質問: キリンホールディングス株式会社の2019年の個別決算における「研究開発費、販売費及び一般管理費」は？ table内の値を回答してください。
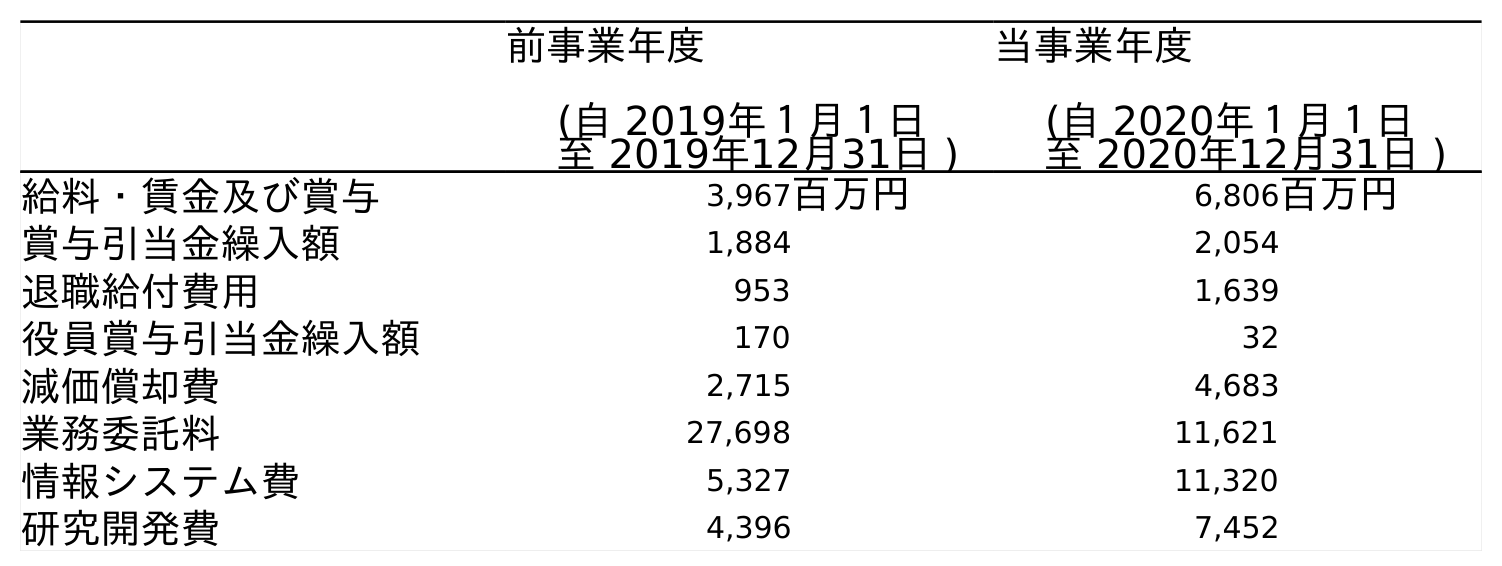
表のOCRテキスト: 前事業年度 (自 2019年１月１日 至 2019年12月31日 ) 当事業年度 (自 2020年１月１日 至 2020年12月31日 ) 給料・賃金及び賞与 3,967百万円 6,806百万円 賞与引当金繰入額 1,884 2,054 退職給付費用 953 1,639 役員賞与引当金繰入額 170 32 減価償却費 2,715 4,683 業務委託料 27,698 11,621 情報システム費 5,327 11,320 研究開発費 4,396 7,452
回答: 4,396